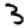
Digit: 3